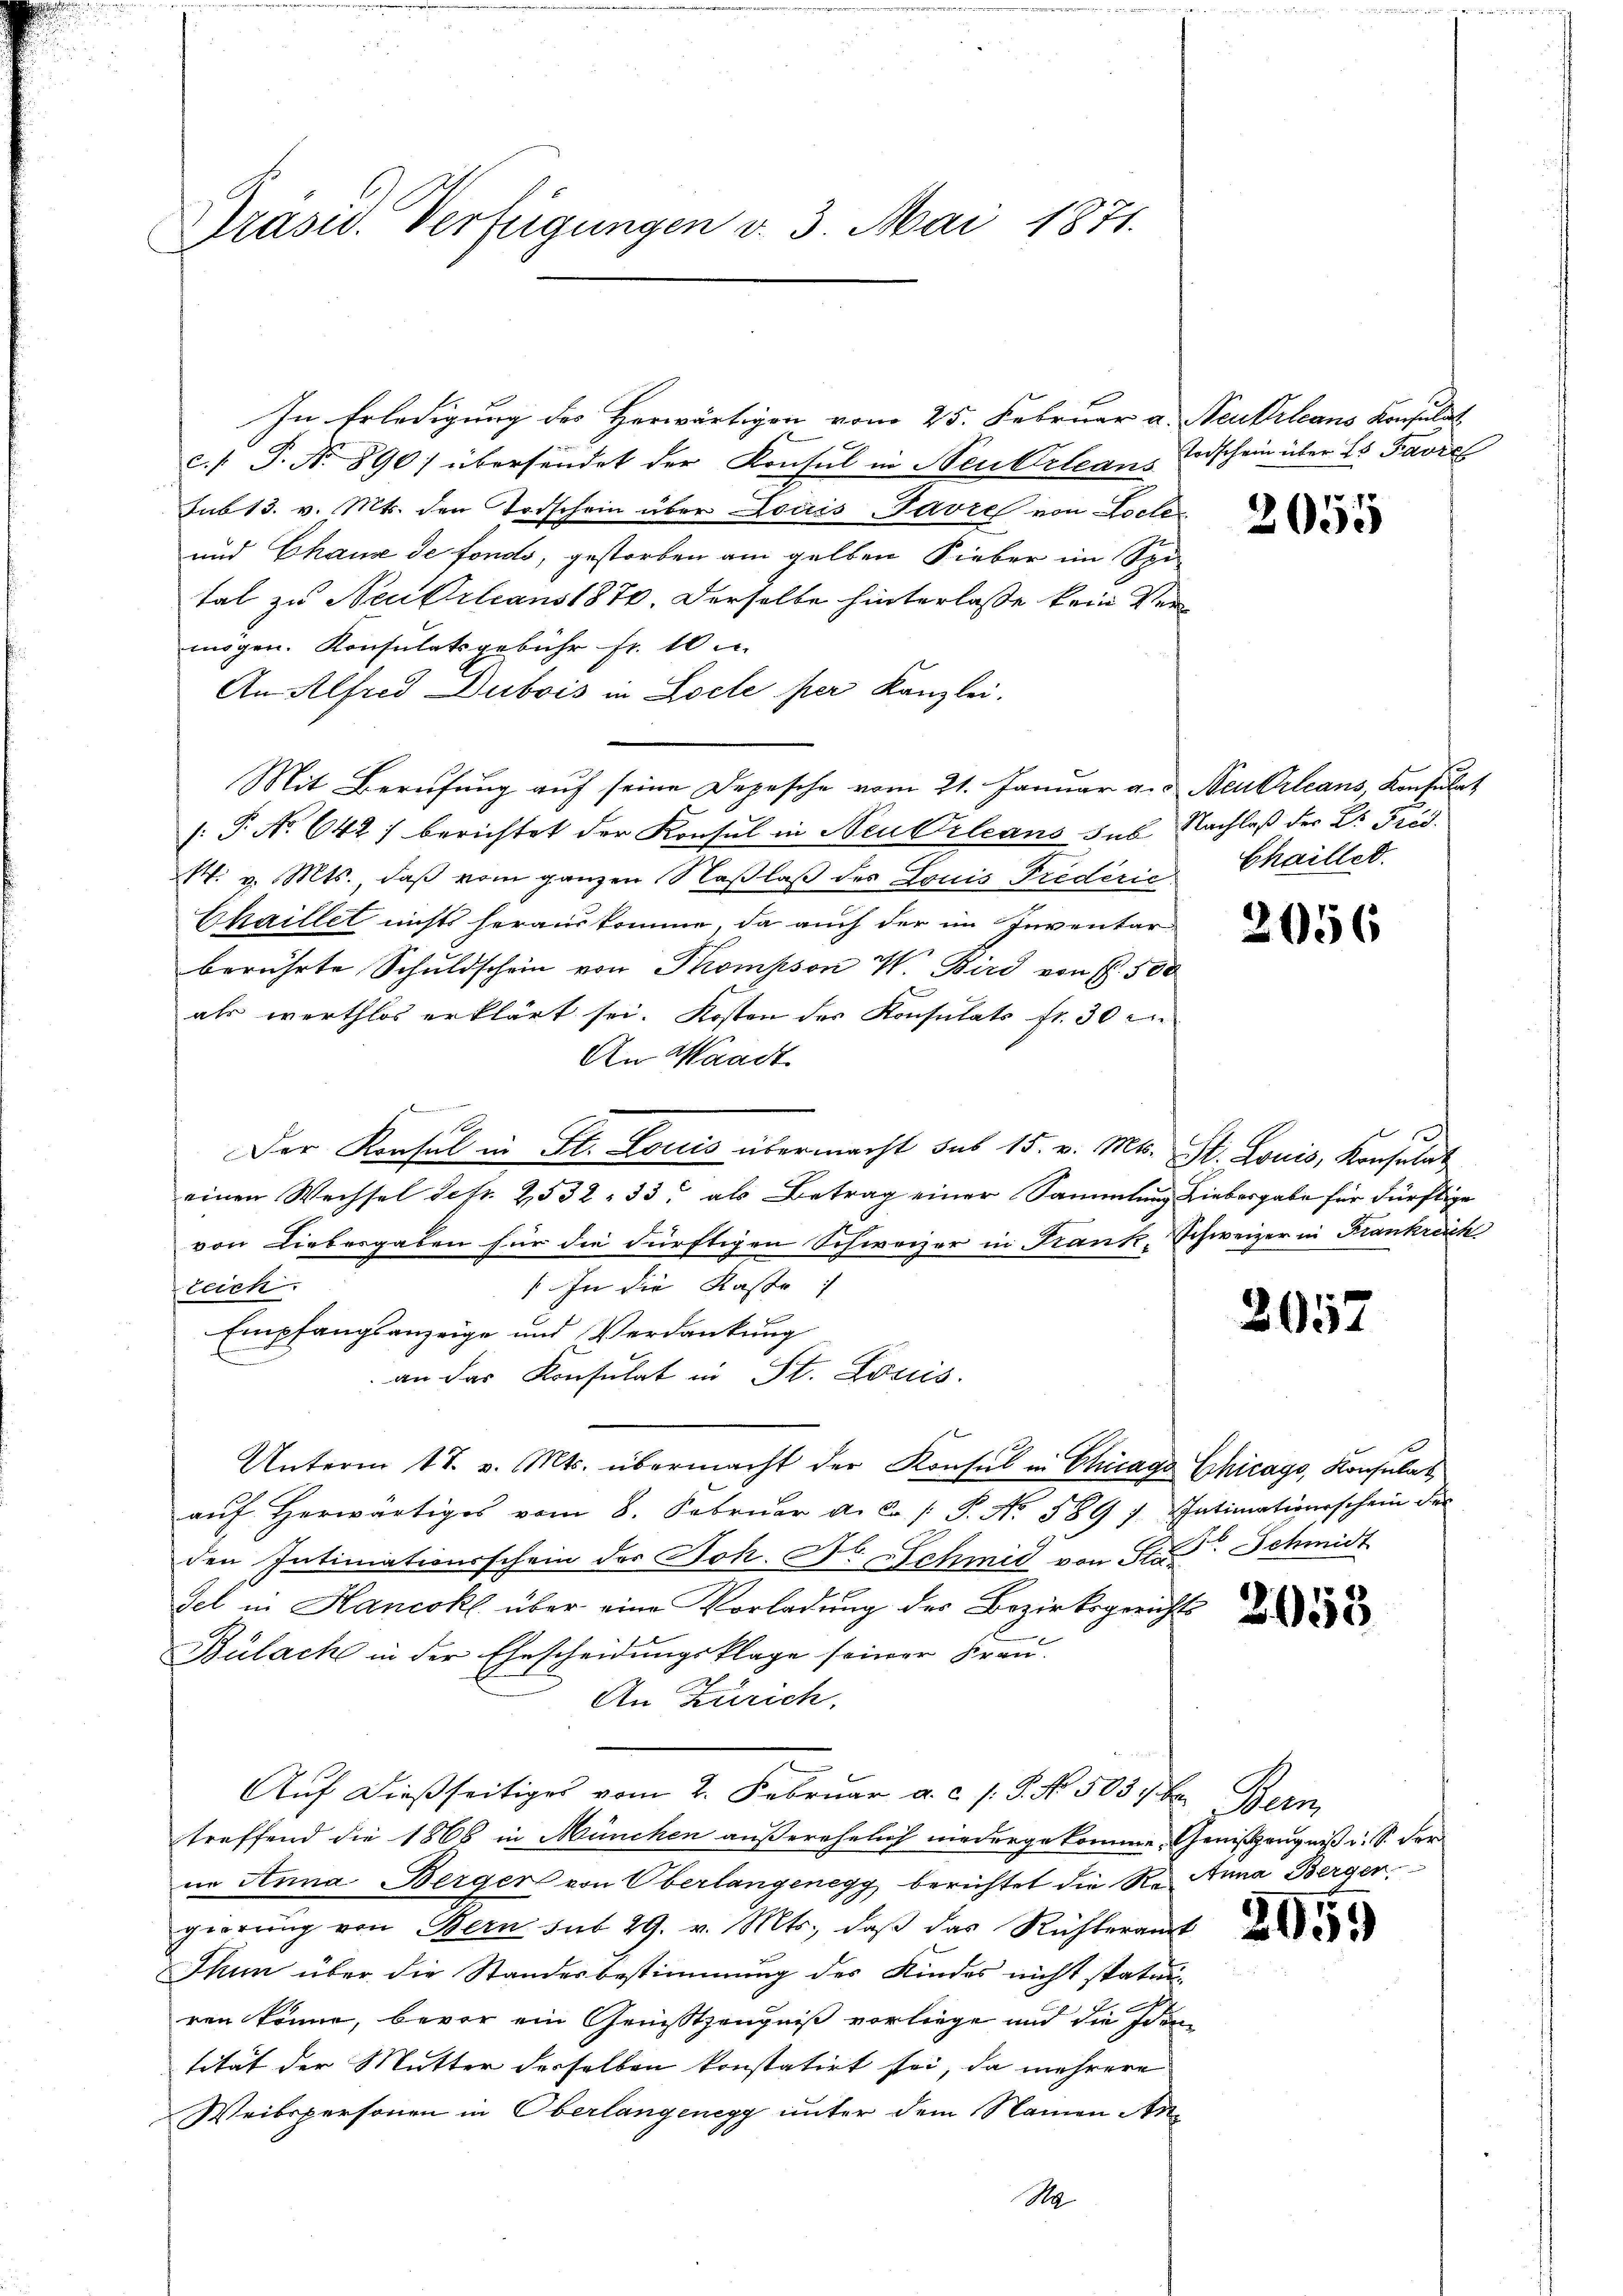
Prasis. Verfügungen v. 3. Mai 1871.

In Erledigung des Herwärtigen vom 25. Februar a. Neukrleans Konsulat
c.1 P. Nr. 890) übersendet der Konsul in Neubeleans Todschein über 25 Favre
sub 13. v. Mts. den Todschein über Louis Favre von Loche¬
und Chause de fondo, gestorben am gelben Fieber im Spi-
tal zu Neubilians 1876. Derselbe hinterlasse kein Vermögen. Konsulatsgebühr fr. 10.
An Alfred Dubois in Locle per Kanzlei.
Mit Berufung auf seine Depesche vom 21. Januar a. g. Neu Orleans, Konsulat
[: P. No 642) berichtet der Konsul in Neu Orleans sub Nachlaß der Dr. Präs.
M. v. Mts., daß vom ganzen Naßlaß des Louis Predérić
Chaillet nichts herauskomme, da auch der im Inventar
berührte Schuldschein von Thompson W. Bird von Fr. 500
als werthlos erklärt sei. Kosten des Konsulats fr. 30 x
An Waadt

Der Konsul in St. Louis übermacht das 15. v. Mts. St. Louis, Konsulat
einen Wechsel Sefr. 2532. 33. als Betrag einer Sammlung Liebergabe für dürftige
von Liebesgaben für die dürftigen Schweizer in Krank, Schweizer in Frankreich
/ In die Kasse:
leich.
Empfangsanzeige und Verdankung
an das Konsulat in St. Louis
Unterm 17. v. Mts. übermacht der Konsul in Chicago Chicago, Konsulat,
aŭf herwärtiges vom 8. Febrŭar d. J. P. No. 589 f. Thatimationsschein der
den Intimationsschein der Joh. Fr. Schmid von Sta Schmidt
sel in Hancokl über eine Vorladung der Bezirksgericht d
Bulach in der Ehescheidungsklage seiner Frau.
An Zürich,
Auf dießseitiges vom 2. Februar a. c. s. S. No. 5037 be
treffend die 1866 in München außerehelich niedergekomme. Genißzeugniß d. S. der
ne Anna Berger von Oberlangenegg berichtet die Re Anna Bergergierŭng von Bern sub 29. v. Mts. daβ das Richteramt
Thun über die Standesbestimmung des Kindes nicht staturren könne, bevor ein Genißstzeugniß vorliege und die Iden
tität der Mutter derselben konstatirt sei, da mehrere
Weibspersonen in Oberlangenegg unter dem Namen An¬
M

2055

Chaillet.

2056

2052

Dem

2955